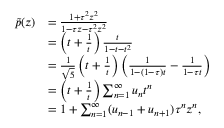
\begin{array} { r l } { \tilde { p } ( z ) } & { = \frac { 1 + \tau ^ { 2 } z ^ { 2 } } { 1 - \tau z - \tau ^ { 2 } z ^ { 2 } } } \\ & { = \left( t + \frac { 1 } { t } \right) \frac { t } { 1 - t - t ^ { 2 } } } \\ & { = \frac { 1 } { \sqrt { 5 } } \left( t + \frac { 1 } { t } \right) \left( \frac { 1 } { 1 - ( 1 - \tau ) t } - \frac { 1 } { 1 - \tau t } \right) } \\ & { = \left( t + \frac { 1 } { t } \right) \sum _ { n = 1 } ^ { \infty } u _ { n } t ^ { n } } \\ & { = 1 + \sum _ { n = 1 } ^ { \infty } ( u _ { n - 1 } + u _ { n + 1 } ) \tau ^ { n } z ^ { n } , } \end{array}